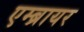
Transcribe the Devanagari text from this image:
एम्ब्रायर